Report on vaccination in the Province of Bengal - 1874-1889
Year: 1874
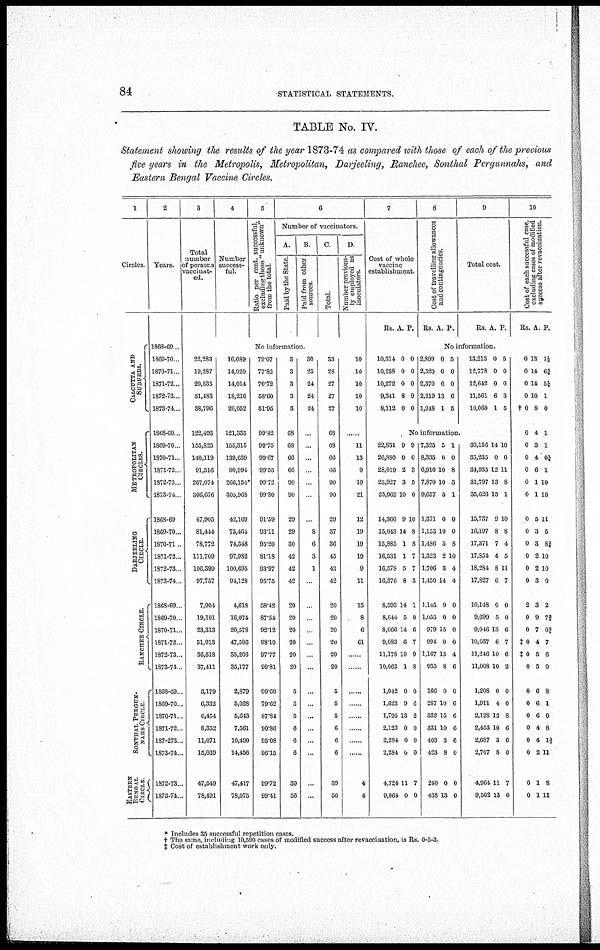
84
STATISTICAL STATEMENTS.
TABLE No. IV.
Statement showing the results of the year 1873-74 as compared with those of each of the previous
five years in the Metropolis, Metropolitan, Darjeeling, Ranchee, Sonthal Pergunnahs, and
Eastern Bengal Vaccine Circles.
1
Circles.
CALCUTTA AND
SUBURBS.
METROPOLITAN
CIRCLES.
DARJE E L ING
CI RCLE.
RANCHEE CIRCLE.
SONTHAL PERGUN-
NAHS CIRCLE.
EASTERN
BENGAL
CIRCLE.
2
Years.
1868-69..
1869-70...
1870-71...
1871-72..
1872-73 .
1873-74..
1868-69 .
1869-70 ..
1870-71...
1871-72 .
1872-73 .
1873-74
1868-69 ...
1869-70...
1870-71..
1871-72 ..
1872-73..
1873-74..
1868-69. .
1869-70 .
1870-71...
1871-72 .
1872-73..
1873-74.
1868-69 .
1869-70. .
1870-71. .
1871-72..
187-273..
1873-74...
1872-73...
1873-74...
3
Total
number
of persons
vaccinat-
ed.
4
Number
success-
ful.
5
Ratio per cent. successful,
excluding those "unknown"
from the total.
6
Number of vaccinators.
A.
Paid by the State.
B.
Paid from other
sources.
C.
Total.
D.
Number previous-
ly employed as
inoculators.
No information.
22,283
19,287
20,535
31,483
38,796
122,493
155,825
140,119
91,516
267,074
306,676
47,905
81,444
78,772
111,709
106,399
97,757
7,904
19,101
23,313
51,913
36,518
37,411
3,179
6,332
6,454
8,352
11,071
15,039
47,549
78,491
16,089
14,020
14,014
18,216
20,052
121,335
155,315
139,639
90,994
266,154*
305,968
42,169
75,464
74,348
97,982
100,695
94,128
4,618
16,074
20,578
47,506
35,206
35,177
2,879
5,028
5,643
7,561
10,490
14,456
47,417
78,075
79.07
77.82
70.72
58.60
51.95
99.42
99.75
99.67
99.55
99.72
99.80
91.59
93.11
95.20
81.18
93.97
95.75
58.42
87.54
92.12
98.19
97.77
90.81
90.60
79.62
87.84
90.86
95.08
96.15
99.72
99.41
3
3
3
3
3
68
68
66
66
90
90
29
29
30
42
42
42
20
20
20
20
20
20
5
5
5
6
6
6
39
56
30
25
24
24
24
...
...
...
...
...
...
...
8
6
3
1
...
...
...
...
...
...
...
...
..
...
...
...
...
...
...
33
28
27
27
27
68
68
66
66
90
90
29
37
36
45
43
42
20
20
20
20
20
20
5
5
5
6
6
6
39
56
10
10
10
10
10
......
11
13
9
19
21
12
19
19
19
9
11
13
8
6
61
...
...
...
...
...
...
...
...
4
4
7
Cost of whole
vaccine
establishment.
Rs. A.
P.
8
Cost of travelling allowances
and contingencies.
Rs. A. P.
9
Total cost.
Rs. A. P.
10
Cost of each successful case,
excluding cases of modified
success after revaccination.
Rs. A. P.
No information.
10,314
10,258
10,272
9,341
8,112
0
0
0
8
0
0
0
0
9
0
2,899
2,520
2,370
2,219
1,948
0
0
0
13
1
5
0
0
6
5
13,213
12,778
12,642
11,561
10,060
0
0
0
6
1
5
0
0
3
5
No information.
22,831
26,880
28,019
23,927
25,969
14,366
15,043
15,885
16,531
16,578
16,376
8,593
8,644
8,066
9,083
11,178
10,063
1,042
1,623
1,795
2,122
2,284
2,284
4,724
9,064
9
0
2
3
10
9
14
1
1
5
8
14
5
14
6
10
1
0
9
13
0
0
0
11
0
9
0
3
5
0
10
8
8
7
7
3
1
0
6
7
9
8
0
6
2
0
0
0
7
0
7,325
8,335
6,916
7,870
9,657
1,371
1,153
1,486
1,323
1,706
1,450
1,145
1,055
979
994
1,167
935
166
287
332
331
403
423
240
438
5
0
10
10
5
0
10
5
2
3
14
0
0
15
0
15
8
0
10
15
10
3
8
0
13
1
0
8
3
1
0
0
8
10
4
4
0
0
0
0
4
6
0
6
6
6
6
0
0
0
30,156
35,235
34,935
31,797
35,626
15,737
16,197
17,371
17,854
18,284
17,827
10,148
9,699
9,046
10,057
11,246
11,008
1,208
1,911
2,128
2,453
2,687
2,707
4,964
9,502
14
0
12
13
15
9
8
7
4
8
0
0
5
13
6
10
10
0
4
12
10
3
8
11
13
10
0
11
8
1
10
8
4
5
11
7
0
0
6
7
6
2
0
0
8
6
6
0
7
0
0
0
0
0
†0
0
0
0
0
0
0
0
0
0
0
0
0
2
0
0
‡0
‡0
0
0
0
0
0
0
0
0
0
13
14
14
10
8
4
3
4
6
1
1
5
3
3
2
2
3
3
9
7
4
5
5
6
6
6
4
4
2
1
1
1½
6 5/4
5 ¼
1
0
1
1
0¼
1
10
10
11
5
8 ¾
10
10
0
2
7 5/4
0 2/5
7
6
0
8
1
0
8
1 1/3
11
8
11
* Includes 35 successful repetition cases.
† The same, including 10,590 cases of modified success after revaccination, is Rs. 0-5-3.
‡ Cost of establishment work only.